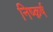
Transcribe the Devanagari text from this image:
निष्क़र्ष